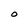
Character: O